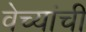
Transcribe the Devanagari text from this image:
वेच्यांची